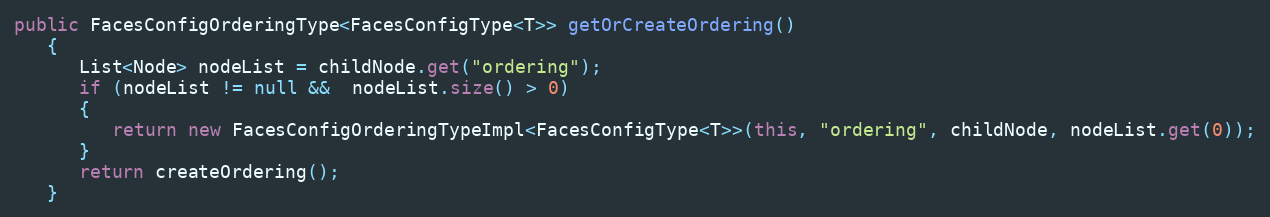
Language: Java
public FacesConfigOrderingType<FacesConfigType<T>> getOrCreateOrdering()
   {
      List<Node> nodeList = childNode.get("ordering");
      if (nodeList != null &&  nodeList.size() > 0)
      {
         return new FacesConfigOrderingTypeImpl<FacesConfigType<T>>(this, "ordering", childNode, nodeList.get(0));
      }
      return createOrdering();
   }